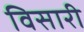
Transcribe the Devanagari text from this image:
विसारी